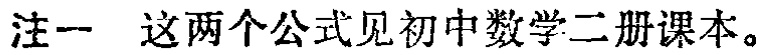
注一 这两个公式见初中数学二册课本。